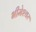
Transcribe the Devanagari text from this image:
भीमेश्‍वर